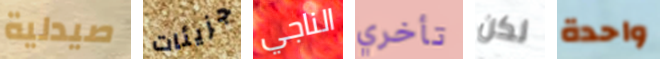
صيدلية جزيئات الناجي تأخري لكن واحدة